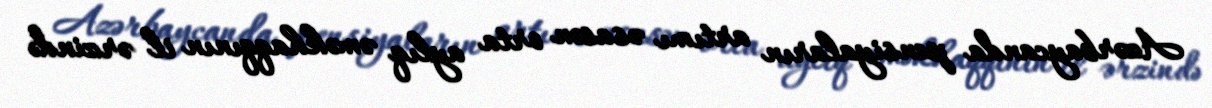
Azərbaycanda pensiyaların artımı əsasən orta aylıq əməkhaqqının il ərzində